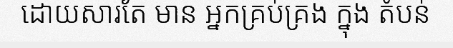
ដោយសារតែ មាន អ្នកគ្រប់គ្រង ក្នុង តំបន់